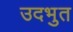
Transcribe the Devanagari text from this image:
उदभुत